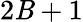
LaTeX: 2\mathit{B}+1